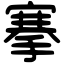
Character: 搴